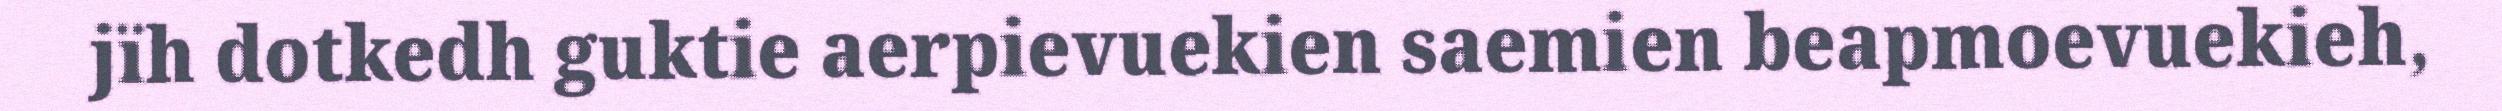
jïh dotkedh guktie aerpievuekien saemien beapmoevuekieh,